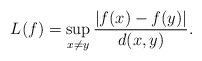
LaTeX: \begin{align*} L(f) = \sup_{x\ne y}\frac{|f(x)-f(y)|}{d(x,y)}. \end{align*}